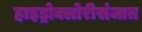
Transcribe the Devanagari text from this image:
हाइड्रोक्लोरीसंजात